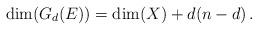
LaTeX: \begin{align*}\dim(G_d(E))=\dim(X)+d(n-d)\,.\end{align*}